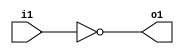
module inverter_behavioral(i1,o1);
input i1;
output reg o1;
always@(i1)
begin
o1=~i1;
end
endmodule